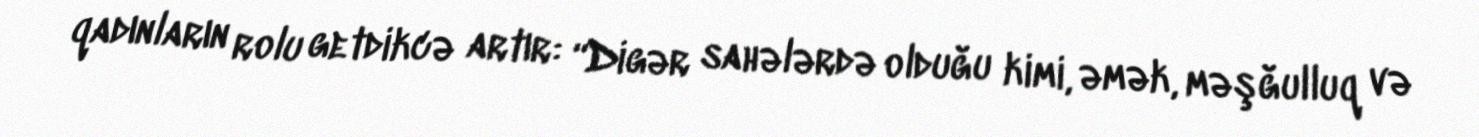
qadınların rolu getdikcə artır: “Digər sahələrdə olduğu kimi, əmək, məşğulluq və